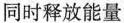
同时释放能量